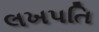
લખપતિ